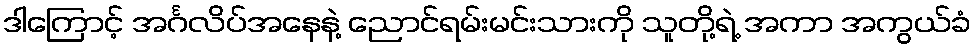
ဒါကြောင့် အင်္ဂလိပ်အနေနဲ့ ညောင်ရမ်းမင်းသားကို သူတို့ရဲ့ အကာ အကွယ်ခံ